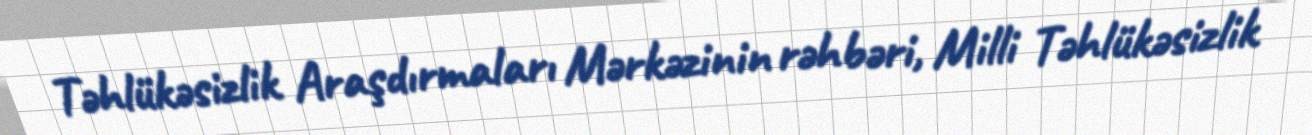
Təhlükəsizlik Araşdırmaları Mərkəzinin rəhbəri, Milli Təhlükəsizlik